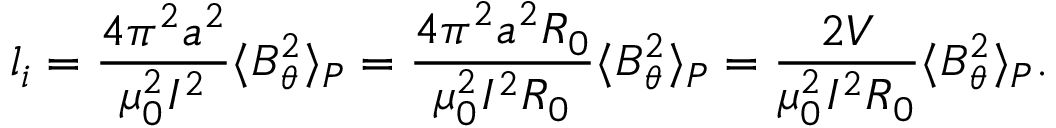
l _ { i } = \frac { 4 \pi ^ { 2 } a ^ { 2 } } { { \mu _ { 0 } ^ { 2 } } _ { } I ^ { 2 } } \langle B _ { \theta } ^ { 2 } \rangle _ { P } = \frac { 4 \pi ^ { 2 } a ^ { 2 } R _ { 0 } } { { \mu _ { 0 } ^ { 2 } } _ { } I ^ { 2 } R _ { 0 } } \langle B _ { \theta } ^ { 2 } \rangle _ { P } = \frac { 2 V } { { \mu _ { 0 } ^ { 2 } } _ { } I ^ { 2 } R _ { 0 } } \langle B _ { \theta } ^ { 2 } \rangle _ { P } .